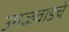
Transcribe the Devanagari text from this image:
उमळवाडचे